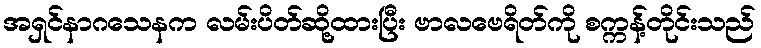
အရှင်နာဂသေနက လမ်းပိတ်ဆို့ထားပြီး ဗာလဗေရိတ်ကို စက္ကန့်တိုင်းသည်